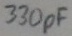
Text: 330pF